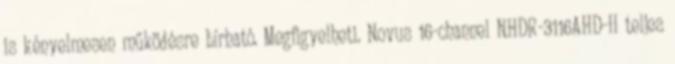
is kényelmesen működésre bírható. Megfigyelheti. Novus 16-channel NHDR-3116AHD-II teljes